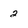
Character: 2